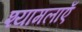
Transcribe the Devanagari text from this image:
श्यामलाएँ